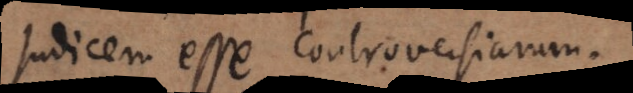
judicem esse controversiarum.